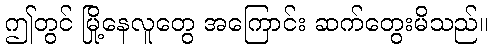
ဤတွင် မြို့နေလူတွေ အကြောင်း ဆက်တွေးမိသည်။